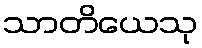
သာတိယေသု